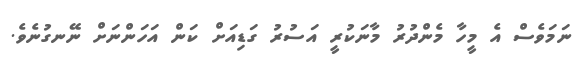
ނަމަވެސް އެ މީހާ މެންދުރު މާނަކުރީ އަސުރު ގަޑިއަށް ކަން އަހަންނަށް ނޭނގުނެވެ.